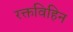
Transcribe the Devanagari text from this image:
रक्तविहिन